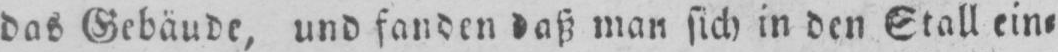
das Gebäude, und fanden daß man sich in den Stall ein⸗